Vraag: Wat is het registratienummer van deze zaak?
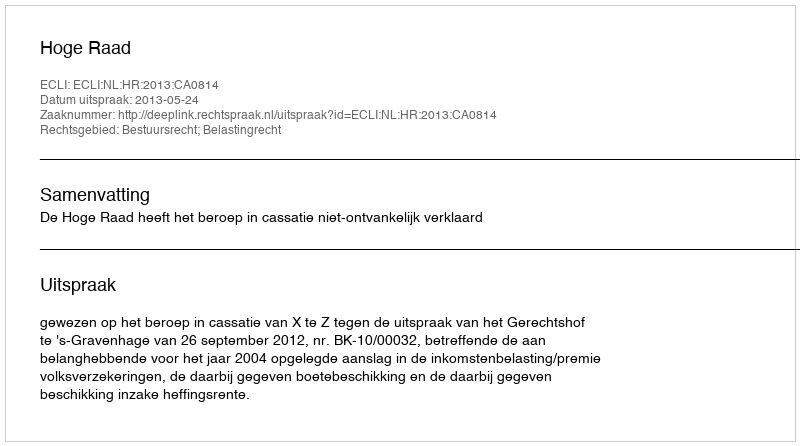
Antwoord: http://deeplink.rechtspraak.nl/uitspraak?id=ECLI:NL:HR:2013:CA0814